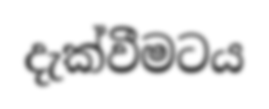
දැක්වීමටය